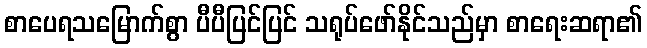
စာပေရသမြောက်စွာ ပီပီပြင်ပြင် သရုပ်ဖော်နိုင်သည်မှာ စာရေးဆရာ၏